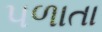
પળાતા